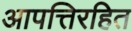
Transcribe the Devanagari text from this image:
आपत्तिरहित